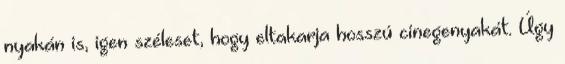
nyakán is, igen széleset, hogy eltakarja hosszú cinegenyakát. Úgy